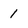
Character: 1